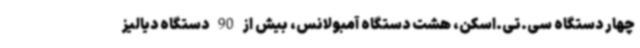
چهار دستگاه‌ سی.تی.اسکن، هشت دستگاه آمبولانس، بیش از 90 دستگاه دیالیز